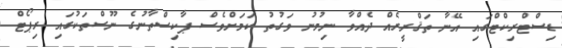
ޑިސްޓްރިކްޓްގައި އޭނާ ތަޤްރީރެއް ދެއްވާ ނިމުނު ވަގުތު ކަމަށްވެސް ޕާކިސްތާނުގެ ނޫސްތަކުގައި ރިޕޯޓް